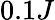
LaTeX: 0.1J